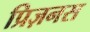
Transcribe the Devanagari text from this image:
प्रिज़नस